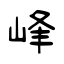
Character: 峰